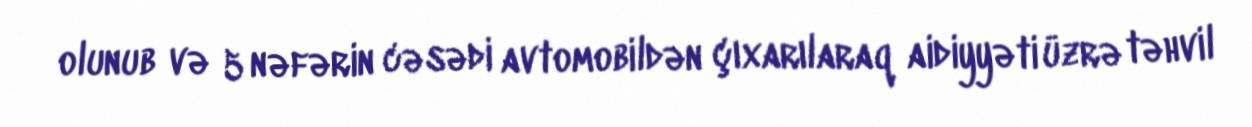
olunub və 5 nəfərin cəsədi avtomobildən çıxarılaraq aidiyyəti üzrə təhvil